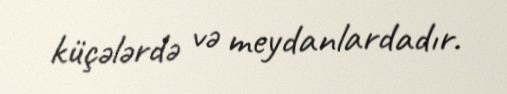
küçələrdə və meydanlardadır.